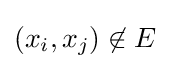
(x_{i},x_{j})\not \in E